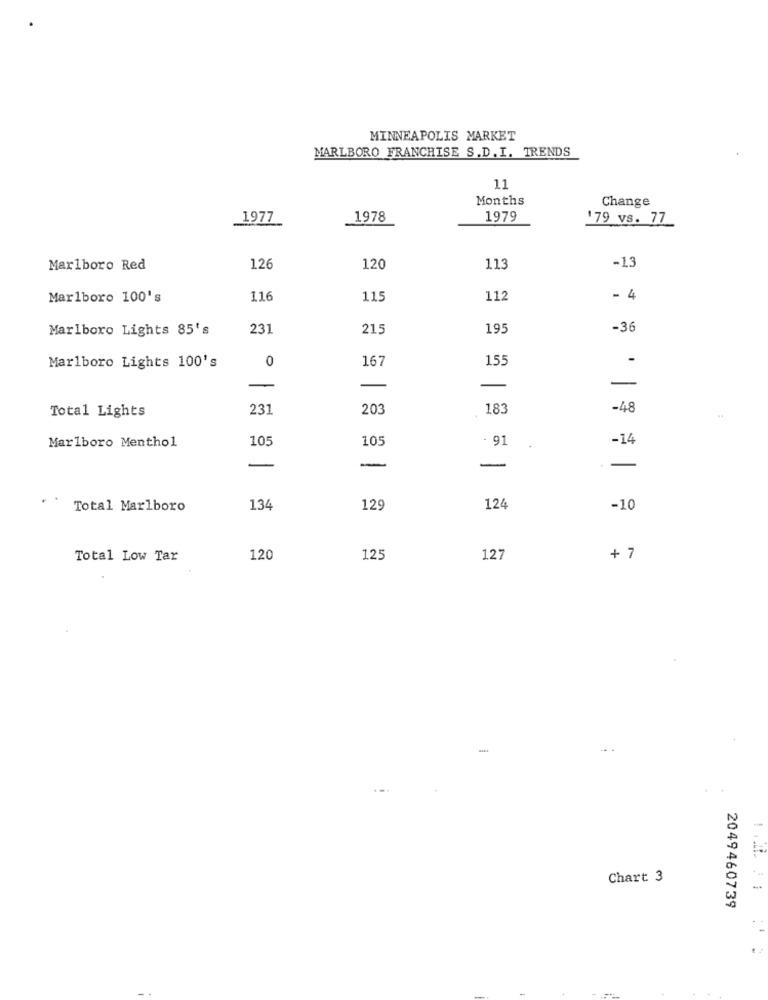
MINNEAPOLIS MARKET
MARLBORO FRANCHISE S.D.I. TRENDS
11
Months
Change
1977
1978
1979
179 vs. 77
-1,3
Marlboro Red
126
120
113
Marlboro 100's
116
115
112
- 4
Marlboro Lights 85's
231
215
195
-36
Marlboro Lights 100's
0
167
155
-
-
-
231
203
183
-48
Total Lights
Marlboro Menthol
105
105
- 91
-14
-
-
.-
Total Marlboro
134
129
124
-10
Total Low Tar
120
125
127
+ 7
-
Chart 3
2049460739